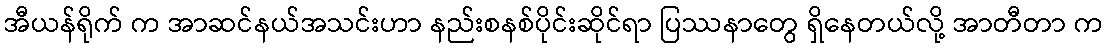
အီယန်ရိုက် က အာဆင်နယ်အသင်းဟာ နည်းစနစ်ပိုင်းဆိုင်ရာ ပြဿနာတွေ ရှိနေတယ်လို့ အာတီတာ က